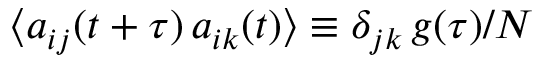
\langle a _ { i j } ( t + \tau ) \, a _ { i k } ( t ) \rangle \equiv \delta _ { j k } \, g ( \tau ) / N